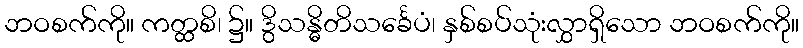
ဘဝစက်ကို။ ကတ္ထစိ၊ ၌။ ဒွိသန္ဓိတိသင်္ခေပံ၊ နှစ်စပ်သုံးလွှာရှိသော ဘဝစက်ကို။